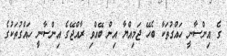
ގެ އިންސާނީ ހައްގުތަކާ ބެހޭ ޖަމިއްޔާ އިން ބޭއްވި ރާއްޖޭގެ އިންސާނީ ހައްގުތަކުގެ